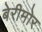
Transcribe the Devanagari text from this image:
बेरीमोर